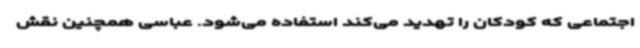
اجتماعی که کودکان را تهدید می‌کند استفاده می‌شود. عباسی همچنین نقش